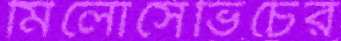
মিলোসেভিচের